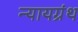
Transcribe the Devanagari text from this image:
न्यायग्रंथ